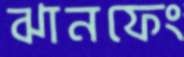
ঝানফেং